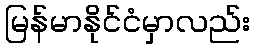
မြန်မာနိုင်ငံမှာလည်း